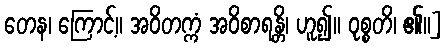
တေန၊ ကြောင့်။ အဝိတက္ကံ အဝိစာရန္တိ၊ ဟူ၍။ ဝုစ္စတိ၊ ၏။]